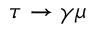
\tau \to \gamma \mu